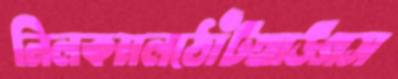
নিলকমলঠোঁটথাউগস